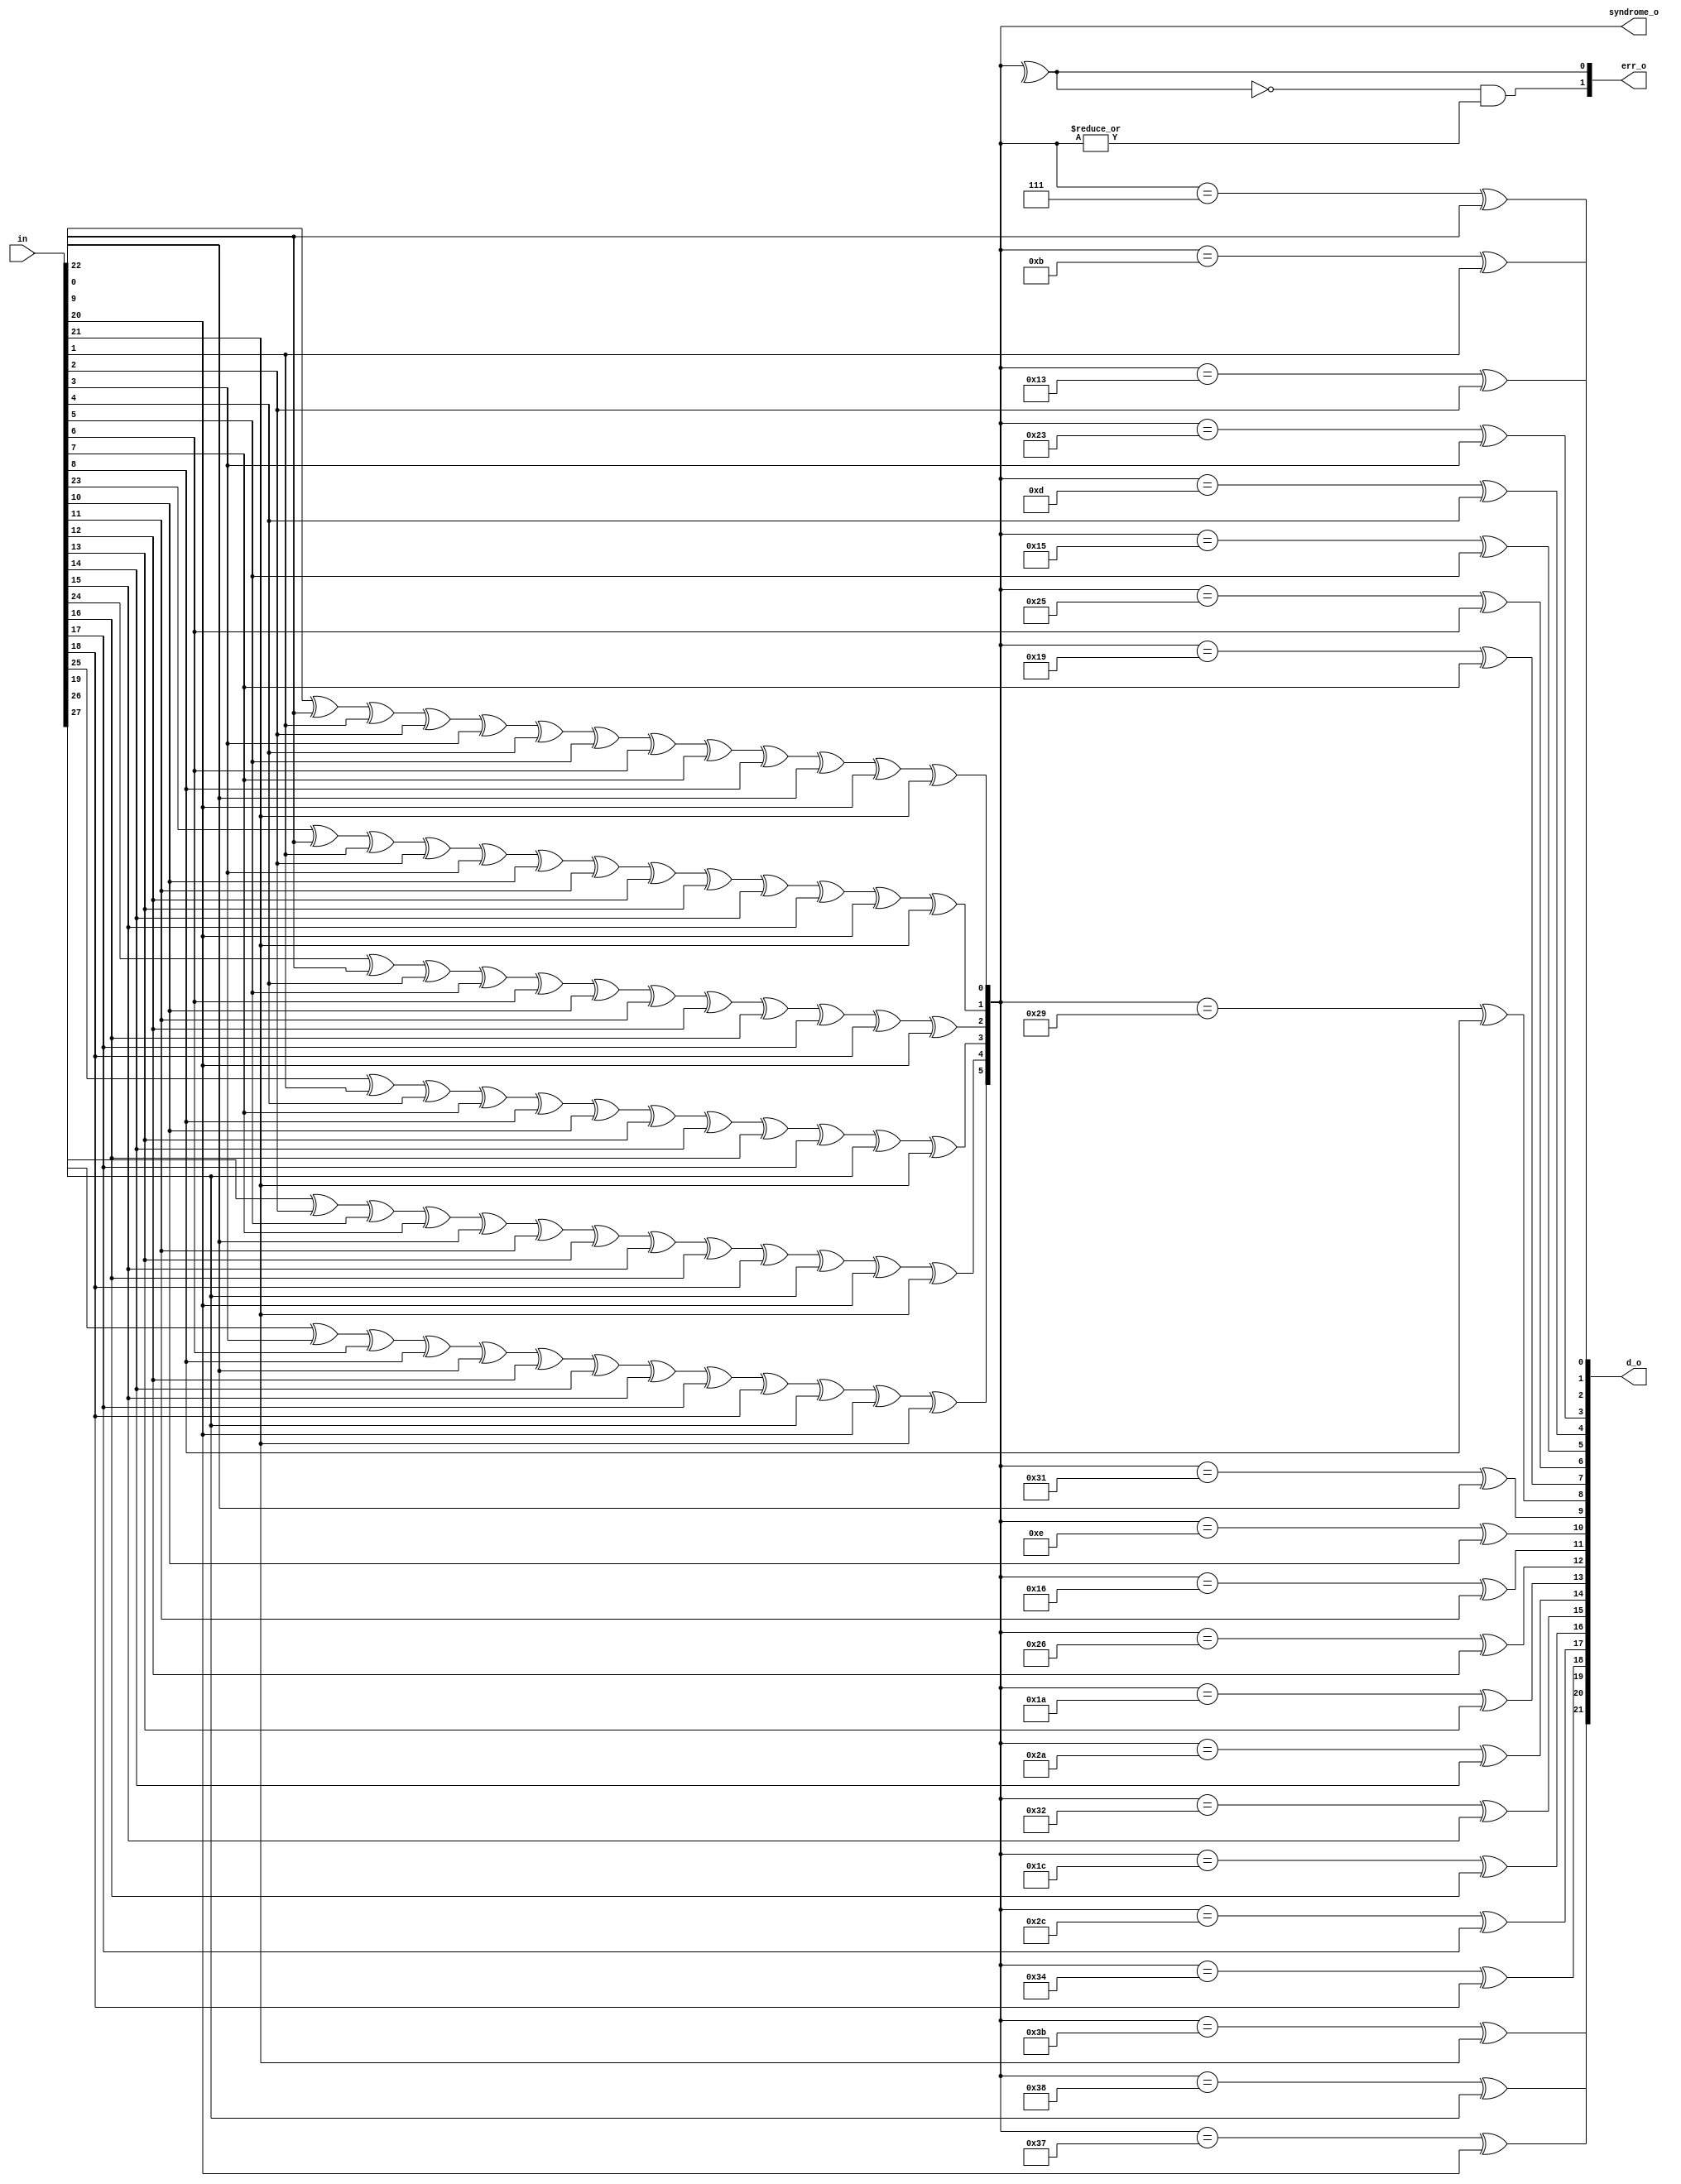
module prim_secded_28_22_dec (
	in,
	d_o,
	syndrome_o,
	err_o
);
	input [27:0] in;
	output wire [21:0] d_o;
	output wire [5:0] syndrome_o;
	output wire [1:0] err_o;
	wire single_error;
	assign syndrome_o[0] = (((((((((((in[22] ^ in[0]) ^ in[1]) ^ in[2]) ^ in[3]) ^ in[4]) ^ in[5]) ^ in[6]) ^ in[7]) ^ in[8]) ^ in[9]) ^ in[20]) ^ in[21];
	assign syndrome_o[1] = (((((((((((in[23] ^ in[0]) ^ in[1]) ^ in[2]) ^ in[3]) ^ in[10]) ^ in[11]) ^ in[12]) ^ in[13]) ^ in[14]) ^ in[15]) ^ in[20]) ^ in[21];
	assign syndrome_o[2] = ((((((((((in[24] ^ in[0]) ^ in[4]) ^ in[5]) ^ in[6]) ^ in[10]) ^ in[11]) ^ in[12]) ^ in[16]) ^ in[17]) ^ in[18]) ^ in[20];
	assign syndrome_o[3] = ((((((((((in[25] ^ in[1]) ^ in[4]) ^ in[7]) ^ in[8]) ^ in[10]) ^ in[13]) ^ in[14]) ^ in[16]) ^ in[17]) ^ in[19]) ^ in[21];
	assign syndrome_o[4] = (((((((((((in[26] ^ in[2]) ^ in[5]) ^ in[7]) ^ in[9]) ^ in[11]) ^ in[13]) ^ in[15]) ^ in[16]) ^ in[18]) ^ in[19]) ^ in[20]) ^ in[21];
	assign syndrome_o[5] = (((((((((((in[27] ^ in[3]) ^ in[6]) ^ in[8]) ^ in[9]) ^ in[12]) ^ in[14]) ^ in[15]) ^ in[17]) ^ in[18]) ^ in[19]) ^ in[20]) ^ in[21];
	assign d_o[0] = (syndrome_o == 6'h07) ^ in[0];
	assign d_o[1] = (syndrome_o == 6'h0b) ^ in[1];
	assign d_o[2] = (syndrome_o == 6'h13) ^ in[2];
	assign d_o[3] = (syndrome_o == 6'h23) ^ in[3];
	assign d_o[4] = (syndrome_o == 6'h0d) ^ in[4];
	assign d_o[5] = (syndrome_o == 6'h15) ^ in[5];
	assign d_o[6] = (syndrome_o == 6'h25) ^ in[6];
	assign d_o[7] = (syndrome_o == 6'h19) ^ in[7];
	assign d_o[8] = (syndrome_o == 6'h29) ^ in[8];
	assign d_o[9] = (syndrome_o == 6'h31) ^ in[9];
	assign d_o[10] = (syndrome_o == 6'h0e) ^ in[10];
	assign d_o[11] = (syndrome_o == 6'h16) ^ in[11];
	assign d_o[12] = (syndrome_o == 6'h26) ^ in[12];
	assign d_o[13] = (syndrome_o == 6'h1a) ^ in[13];
	assign d_o[14] = (syndrome_o == 6'h2a) ^ in[14];
	assign d_o[15] = (syndrome_o == 6'h32) ^ in[15];
	assign d_o[16] = (syndrome_o == 6'h1c) ^ in[16];
	assign d_o[17] = (syndrome_o == 6'h2c) ^ in[17];
	assign d_o[18] = (syndrome_o == 6'h34) ^ in[18];
	assign d_o[19] = (syndrome_o == 6'h38) ^ in[19];
	assign d_o[20] = (syndrome_o == 6'h37) ^ in[20];
	assign d_o[21] = (syndrome_o == 6'h3b) ^ in[21];
	assign single_error = ^syndrome_o;
	assign err_o[0] = single_error;
	assign err_o[1] = ~single_error & |syndrome_o;
endmodule